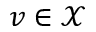
v \in \mathcal X